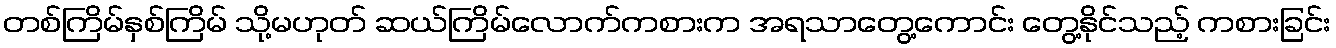
တစ်ကြိမ်နှစ်ကြိမ် သို့မဟုတ် ဆယ်ကြိမ်လောက်ကစားက အရသာတွေ့ကောင်း တွေ့နိုင်သည့် ကစားခြင်း